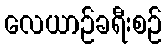
လေယာဉ်ခရီးစဉ်